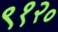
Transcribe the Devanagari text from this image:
९१२०